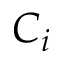
C _ { i }